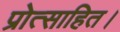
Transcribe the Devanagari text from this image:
प्रोत्साहित।